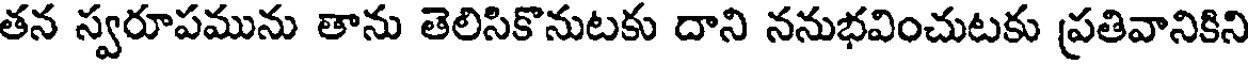
తన స్వరూపమును తాను తెలిసికొనుటకు దాని ననుభవించుటకు ప్రతివానికిని